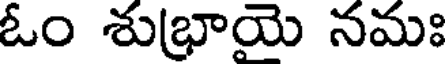
ఓం శుభ్రాయె నమః